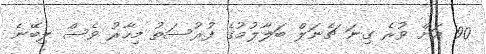
90 އަށް ވުރެ ގިނަ ޗެނަލް ބަލާލުމުގެ ފުރުސަތު މިހާރު ވެސް ލިބޭނެ